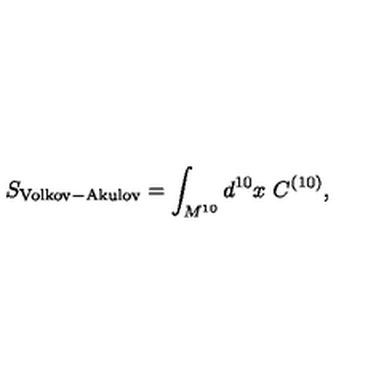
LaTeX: S _ { \mathrm { V o l k o v - A k u l o v } } = \int _ { M ^ { 1 0 } } d ^ { 1 0 } x \ C ^ { ( 1 0 ) } ,